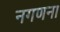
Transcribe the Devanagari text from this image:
नगणना